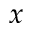
x